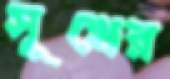
সূখের